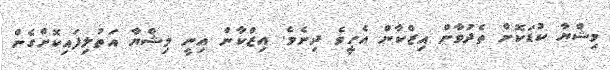
މިޝްޔާ ކުޑަކޮށް ތެދުވާން އިޒްކާން އެހީވެ ދިނެވެ. އިޒްކާން އިނީ މިޝްޔާ އަތުލިފައިކޮށްގެން